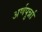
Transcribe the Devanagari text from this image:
अर्णपुर्न्ना